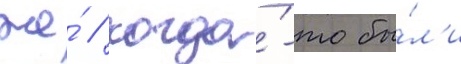
же́ / когда́-то бы́л'и